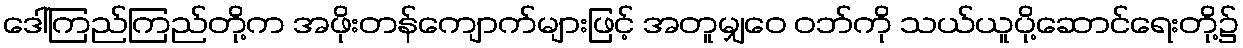
ဒေါ်ကြည်ကြည်တို့က အဖိုးတန်ကျောက်များဖြင့် အတူမျှဝေ ဝဘ်ကို သယ်ယူပို့ဆောင်ရေးတို့၌